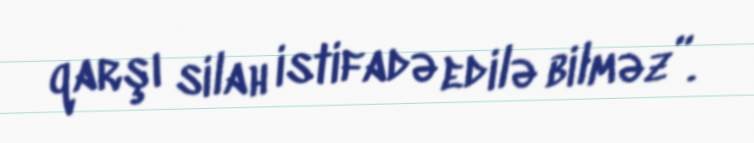
qarşı silah istifadə edilə bilməz”.